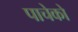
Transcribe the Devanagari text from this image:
पाचेको